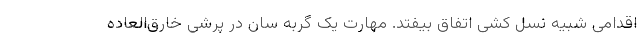
اقدامی شبیه نسل کشی اتفاق بیفتد. مهارت یک گربه سان در پرشی خارق‌العاده